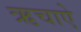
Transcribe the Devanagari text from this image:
ऋचाऐ